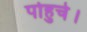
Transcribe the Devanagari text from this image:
पोहुचे।